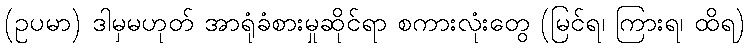
(ဥပမာ) ဒါမှမဟုတ် အာရုံခံစားမှုဆိုင်ရာ စကားလုံးတွေ (မြင်ရ၊ ကြားရ၊ ထိရ)